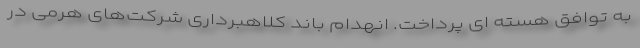
به توافق هسته ای پرداخت. انهدام باند کلاهبرداری شرکت‌های هرمی در